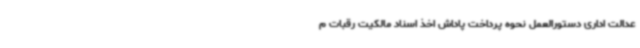
عدالت اداری دستورالعمل نحوه پرداخت پاداش اخذ اسناد مالکیت رقبات م